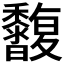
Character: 𪐒